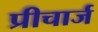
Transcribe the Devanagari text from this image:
प्रीचार्ज